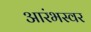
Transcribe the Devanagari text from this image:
आरंभस्वर